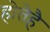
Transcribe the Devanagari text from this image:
होतेहै